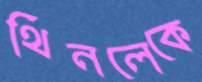
থিনলেকে